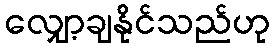
လျှော့ချနိုင်သည်ဟု